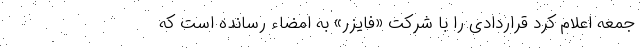
جمعه اعلام کرد قراردادی را با شرکت «فایزر» به امضاء رسانده است که